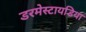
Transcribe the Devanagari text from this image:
डरमेस्टायडिया